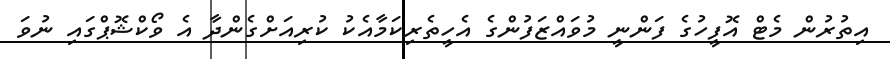
އިތުރުން މެޓް އޮފީހުގެ ފަންނީ މުވައްޒަފުންގެ އެހީތެރިކަމާއެކު ކުރިއަށްގެންދާ އެ ވޯކްޝޮޕްގައި ނުވަ